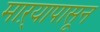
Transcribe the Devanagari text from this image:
माऱ्यापासून